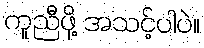
ကူညီဖို့ အသင့်ပါပဲ။